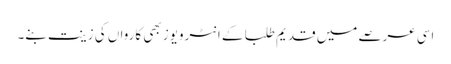
اسی عرصے میں قدیم طلبا کے انٹرویوز بھی کارواں کی زینت بنے۔